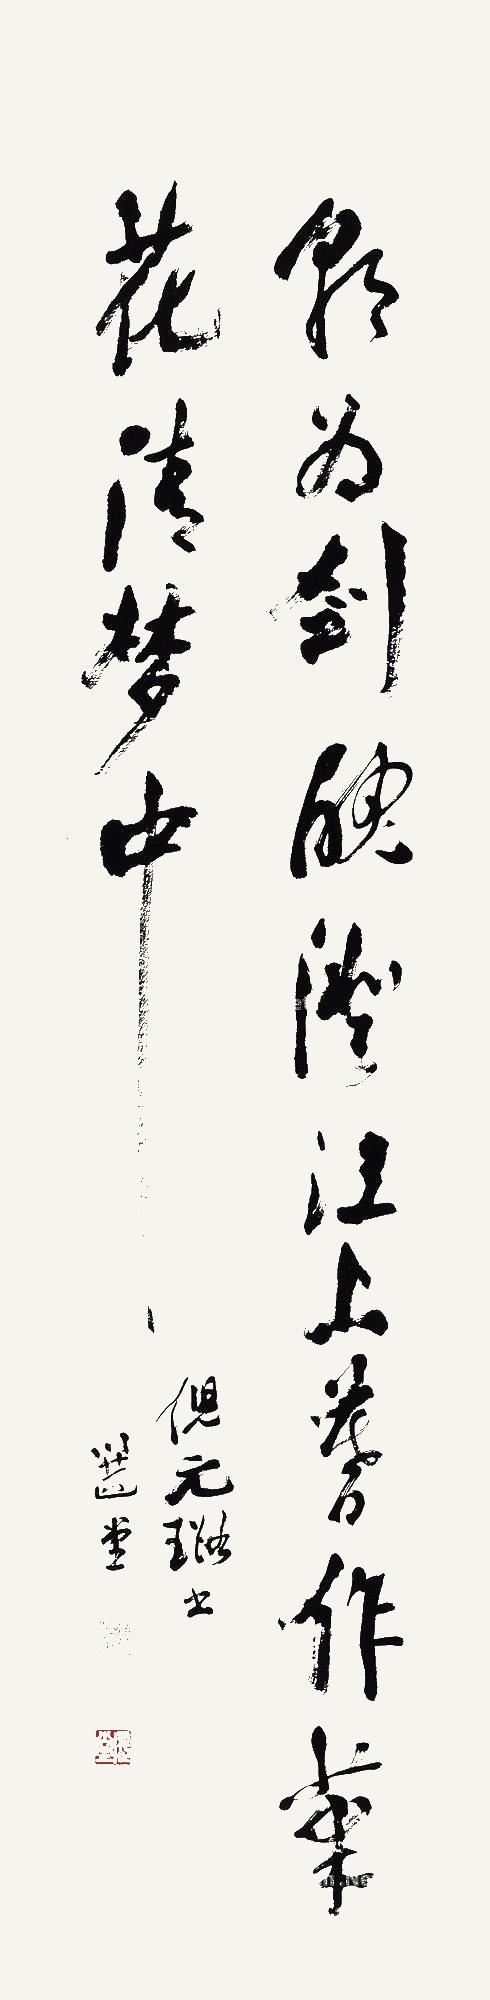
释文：朝为剑魄澄江上，暮作笔花清梦中。倪元璐书。选堂。